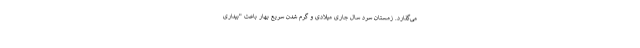
می‌گذارد. زمستان سرد سال جاری میلادی و گرم شدن سریع بهار باعث "بیداری